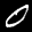
Label: 0